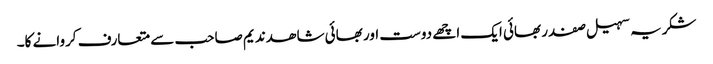
شکریہ سہیل صفدر بھائی ایک اچھے دوست اور بھائی شاھد ندیم صاحب سے متعارف کروانے کا۔